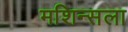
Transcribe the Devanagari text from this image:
मशिन्सला